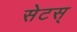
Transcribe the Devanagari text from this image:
सेटस्